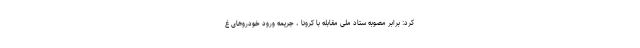
کرد: برابر مصوبه ستاد ملی مقابله با کرونا ، جریمه ورود خودروهای غ